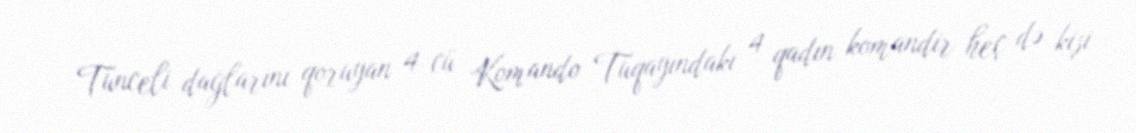
Tunceli dağlarını qoruyan 4-cü Komando Tuqayındakı 4 qadın komandir heç də kişi